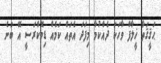
ޙަޤީޤަތާ ޚީލާފް ވާހަކަ ދެއްކުމާ މިފަދަ އެތައް ކަމެއް ޑިމޮކްރަސީ އޭ ބުނެ